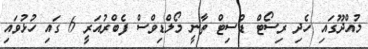
މުއްދޫގައި ހެދި ރިސޯޓް ޑުސިޓް ތާނީ މޯލްޑިވްސް ފެބްރުއަރީ 6 ގައި ހުޅުވައި